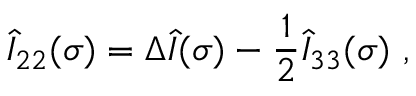
\hat { I } _ { 2 2 } ( \sigma ) = \Delta \hat { I } ( \sigma ) - \frac 1 2 \hat { I } _ { 3 3 } ( \sigma ) \ ,